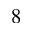
8